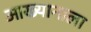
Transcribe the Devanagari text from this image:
आख्यानाला